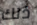
ذلك